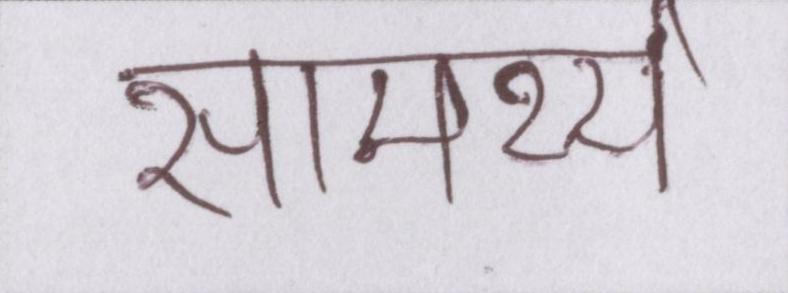
सामर्थ्य